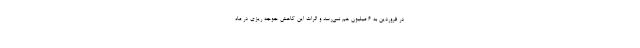
در فروردین به 6 میلیون هم نمی‌رسد و اثرات این کاهش جوجه ریزی در ماه